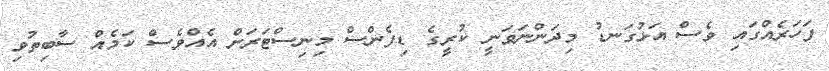
ފަހަރެއްގައި ވެސް އަޅުގަނޑު މިދަންނަވަނީ ކުރީގެ ޑިފެންސް މިނިސްޓަރަށް އެއްވެސް ކަމެއް ސާބިތުވި